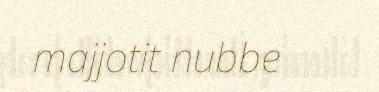
majjotit nubbe